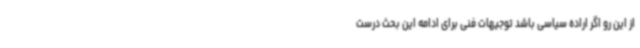
از این رو اگر اراده سیاسی باشد توجیهات فنی برای ادامه این بحث درست